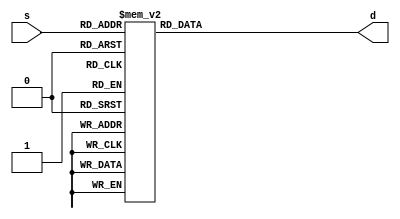
module bch (s, d);
input [3:0] s;
output reg [6:0] d;

always @(s)
case({s})
	4'b0000 : d<= 7'b1000000;
	4'b0001 : d<= 7'b1111001;
	4'b0010 : d<= 7'b0100100;
	4'b0011 : d<= 7'b0110000;
	4'b0100 : d<= 7'b0011001;
	4'b0101 : d<= 7'b0010010;
	4'b0110 : d<= 7'b0000010;
	4'b0111 : d<= 7'b1111000;
	4'b1000 : d<= 7'b0000000;
	4'b1001 : d<= 7'b0011000;
	4'b1010 : d<= 7'b0001000;
	4'b1011 : d<= 7'b0000011;
	4'b1100 : d<= 7'b1000110;
	4'b1101 : d<= 7'b0100001;
	4'b1110 : d<= 7'b0000110;
	4'b1111 : d<= 7'b0001110;	
endcase	
endmodule